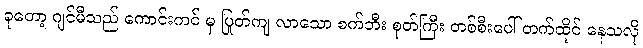
ခုတော့ ဂျင်မီသည် ကောင်းကင် မှ ပြုတ်ကျ လာသော စက်ဘီး စုတ်ကြီး တစ်စီးပေါ် တက်ထိုင် နေသလို